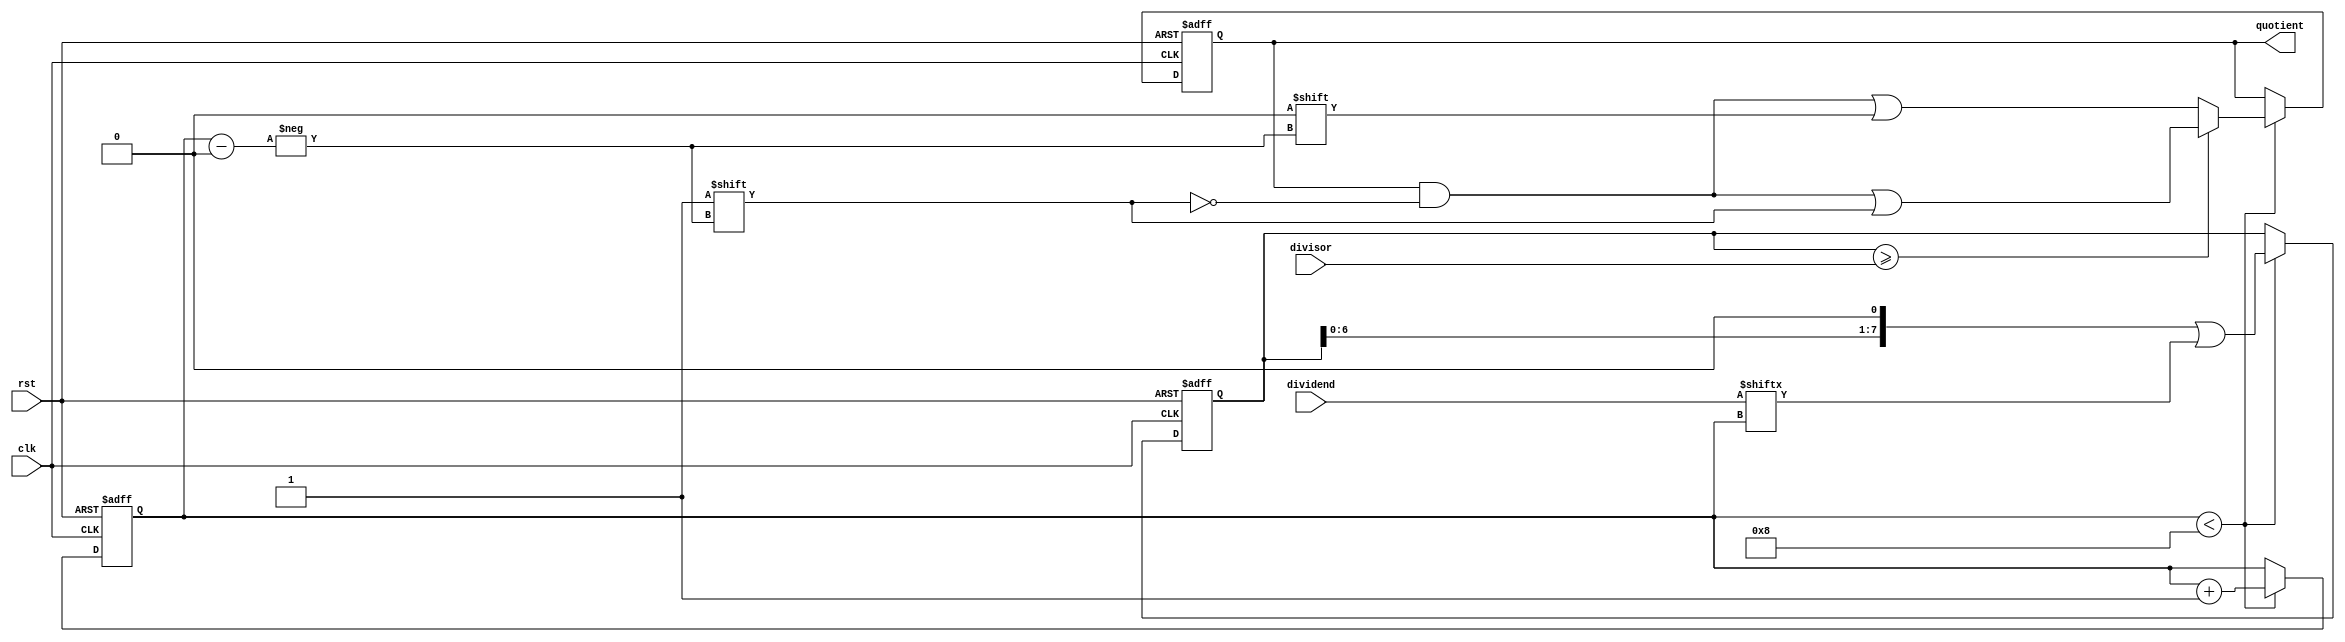
module synchronous_divider (
    input clk,
    input rst,
    input [7:0] dividend,
    input [7:0] divisor,
    output reg [7:0] quotient
);

reg [7:0] remainder;
reg [3:0] count;

always @(posedge clk or posedge rst) begin
    if (rst) begin
        quotient <= 8'b0;
        remainder <= 8'b0;
        count <= 4'b0;
    end else begin
        if (count < 8) begin
            if (remainder >= divisor) begin
                remainder <= remainder - divisor;
                quotient[count] <= 1'b1;
            end else begin
                quotient[count] <= 1'b0;
            end
            remainder <= remainder << 1 | dividend[count];
            count <= count + 1;
        end
    end
end

endmodule